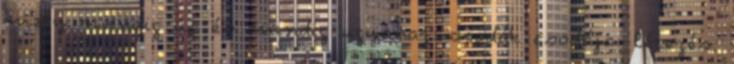
mely mindig új és mindig ugyanaz: csodák csodája: létezés.